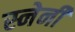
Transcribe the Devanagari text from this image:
स्नेनी